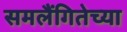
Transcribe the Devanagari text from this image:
समलैंगितेच्या